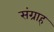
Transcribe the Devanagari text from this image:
संग्राह